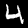
Label: 4